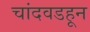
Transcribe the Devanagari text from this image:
चांदवडहून